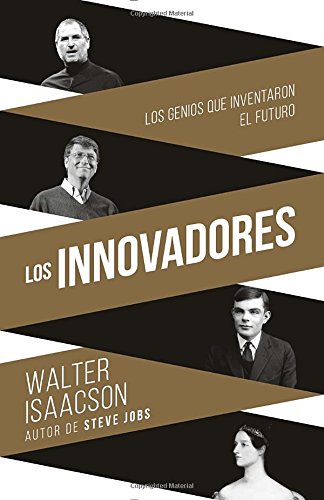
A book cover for Innovadores (Innovators-SP): Los genios que inventaron el futuro (Spanish Edition); Walter Isaacson; Computers & Technology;